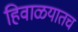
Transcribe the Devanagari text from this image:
हिवाळयातच